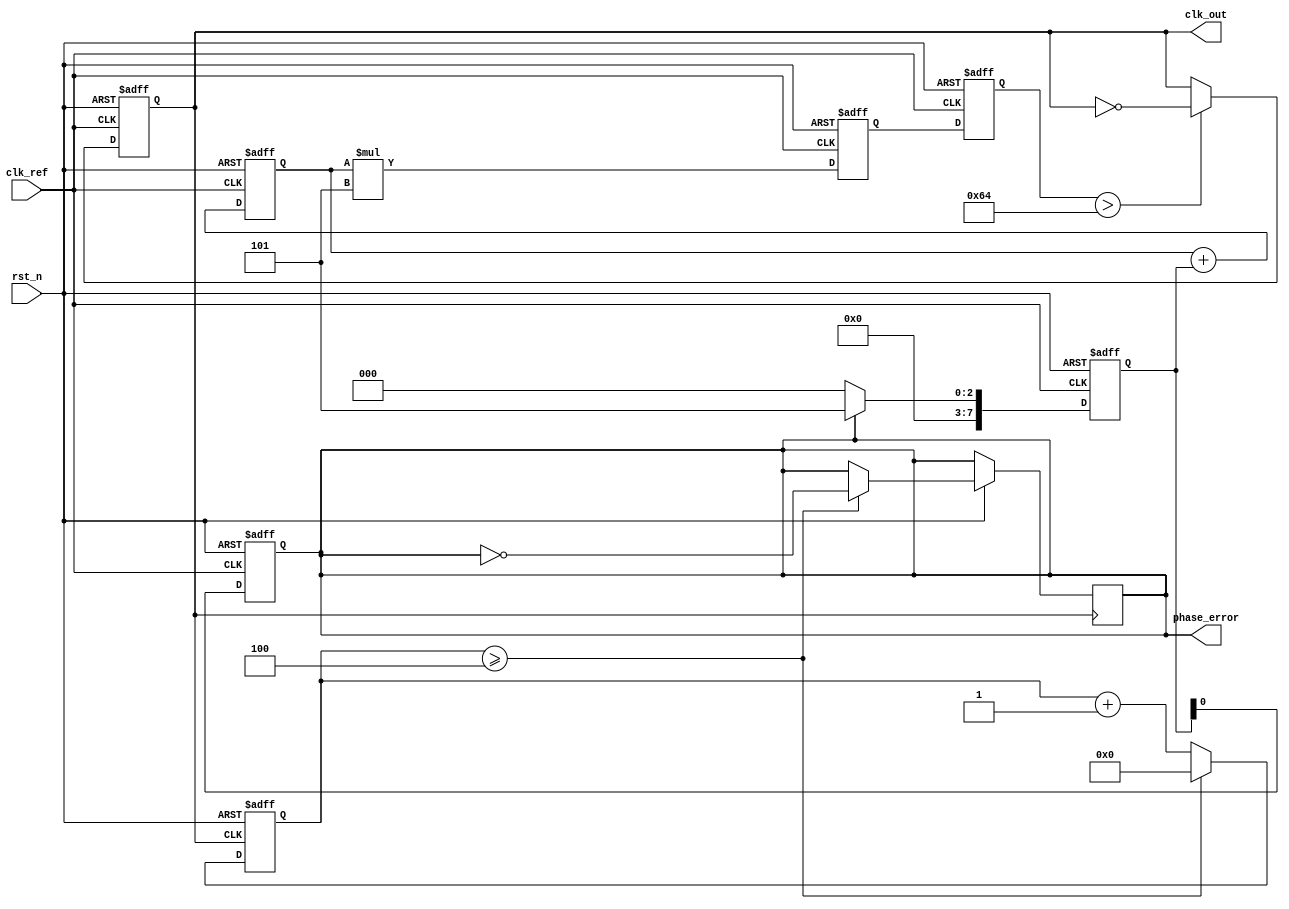
module dual_loop_pll (
    input wire clk_ref,          // Reference Clock Input
    input wire rst_n,           // Active Low Reset
    output reg clk_out,         // Output Clock
    output reg phase_error       // Phase Error Signal
);

    // Parameters for tuning
    parameter INNER_LOOP_GAIN = 5;
    parameter OUTER_LOOP_GAIN = 2;
    parameter DIVISOR = 4;       // Frequency Divider

    // Internal Signals
    reg [7:0] phase_detector_out;  // Output of the Phase Detector
    reg [7:0] inner_loop_filter_out; // Inner Loop Filter Output
    reg [7:0] outer_loop_filter_out; // Outer Loop Filter Output
    reg [7:0] vco_control_voltage; // Control Voltage for VCO
    reg [7:0] vco_freq;            // Output frequency of VCO
    reg [15:0] counter;            // Frequency Divider Counter

    // Phase Detector (PD)
    always @(posedge clk_ref or negedge rst_n) begin
        if (!rst_n) begin
            phase_detector_out <= 0;
            phase_error <= 0;
        end else begin
            // Phase comparison logic (simplified)
            phase_detector_out <= (phase_error) ? INNER_LOOP_GAIN : 0; // Example Phase Error Output
            phase_error <= phase_detector_out; // Assign phase error
        end
    end

    // Inner Loop Filter (LF)
    always @(posedge clk_ref or negedge rst_n) begin
        if (!rst_n) begin
            inner_loop_filter_out <= 0;
        end else begin
            // Simple first-order filter implementation
            inner_loop_filter_out <= inner_loop_filter_out + phase_detector_out; // Add phase error
        end
    end

    // Control Voltage Adjustment
    always @(posedge clk_ref or negedge rst_n) begin
        if (!rst_n) begin
            vco_control_voltage <= 0;
        end else begin
            vco_control_voltage <= inner_loop_filter_out * INNER_LOOP_GAIN; // Control voltage from inner loop
        end
    end

    // Voltage-Controlled Oscillator (VCO)
    always @(posedge clk_ref or negedge rst_n) begin
        if (!rst_n) begin
            vco_freq <= 0;
            clk_out <= 0;
        end else begin
            // VCO frequency adjustment based on control voltage
            vco_freq <= vco_control_voltage; // Frequency is controlled here
            clk_out <= (vco_freq > 100) ? ~clk_out : clk_out; // Simple clock toggle based on frequency threshold
        end
    end

    // Frequency Divider
    always @(posedge clk_out or negedge rst_n) begin
        if (!rst_n) begin
            counter <= 0;
        end else begin
            counter <= counter + 1;
            if (counter >= DIVISOR) begin
                counter <= 0;
                // Feed back to the outer loop (example, in real PLL you'd use a dedicated feedback path)
                phase_error <= ~phase_error; // Simple feedback
            end
        end
    end

endmodule